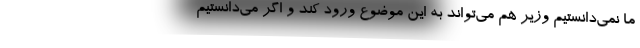
ما نمی‌دانستیم وزیر هم می‌تواند به این موضوع ورود کند و اگر می‌دانستیم